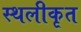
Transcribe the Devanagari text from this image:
स्थलीकृत